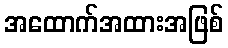
အထောက်အထားအဖြစ်